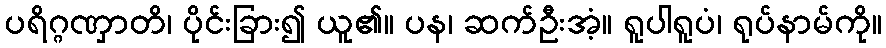
ပရိဂ္ဂဏှာတိ၊ ပိုင်းခြား၍ ယူ၏။ ပန၊ ဆက်ဦးအံ့။ ရူပါရူပံ၊ ရုပ်နာမ်ကို။